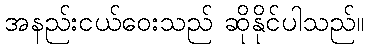
အနည်းငယ်ဝေးသည် ဆိုနိုင်ပါသည်။